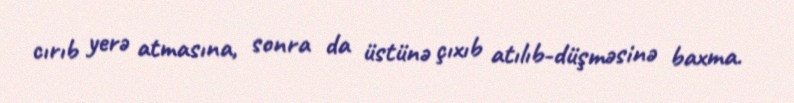
cırıb yerə atmasına, sonra da üstünə çıxıb atılıb-düşməsinə baxma.